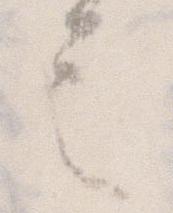
言